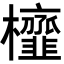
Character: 𭬹